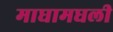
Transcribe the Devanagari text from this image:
माघामधली